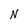
Character: N